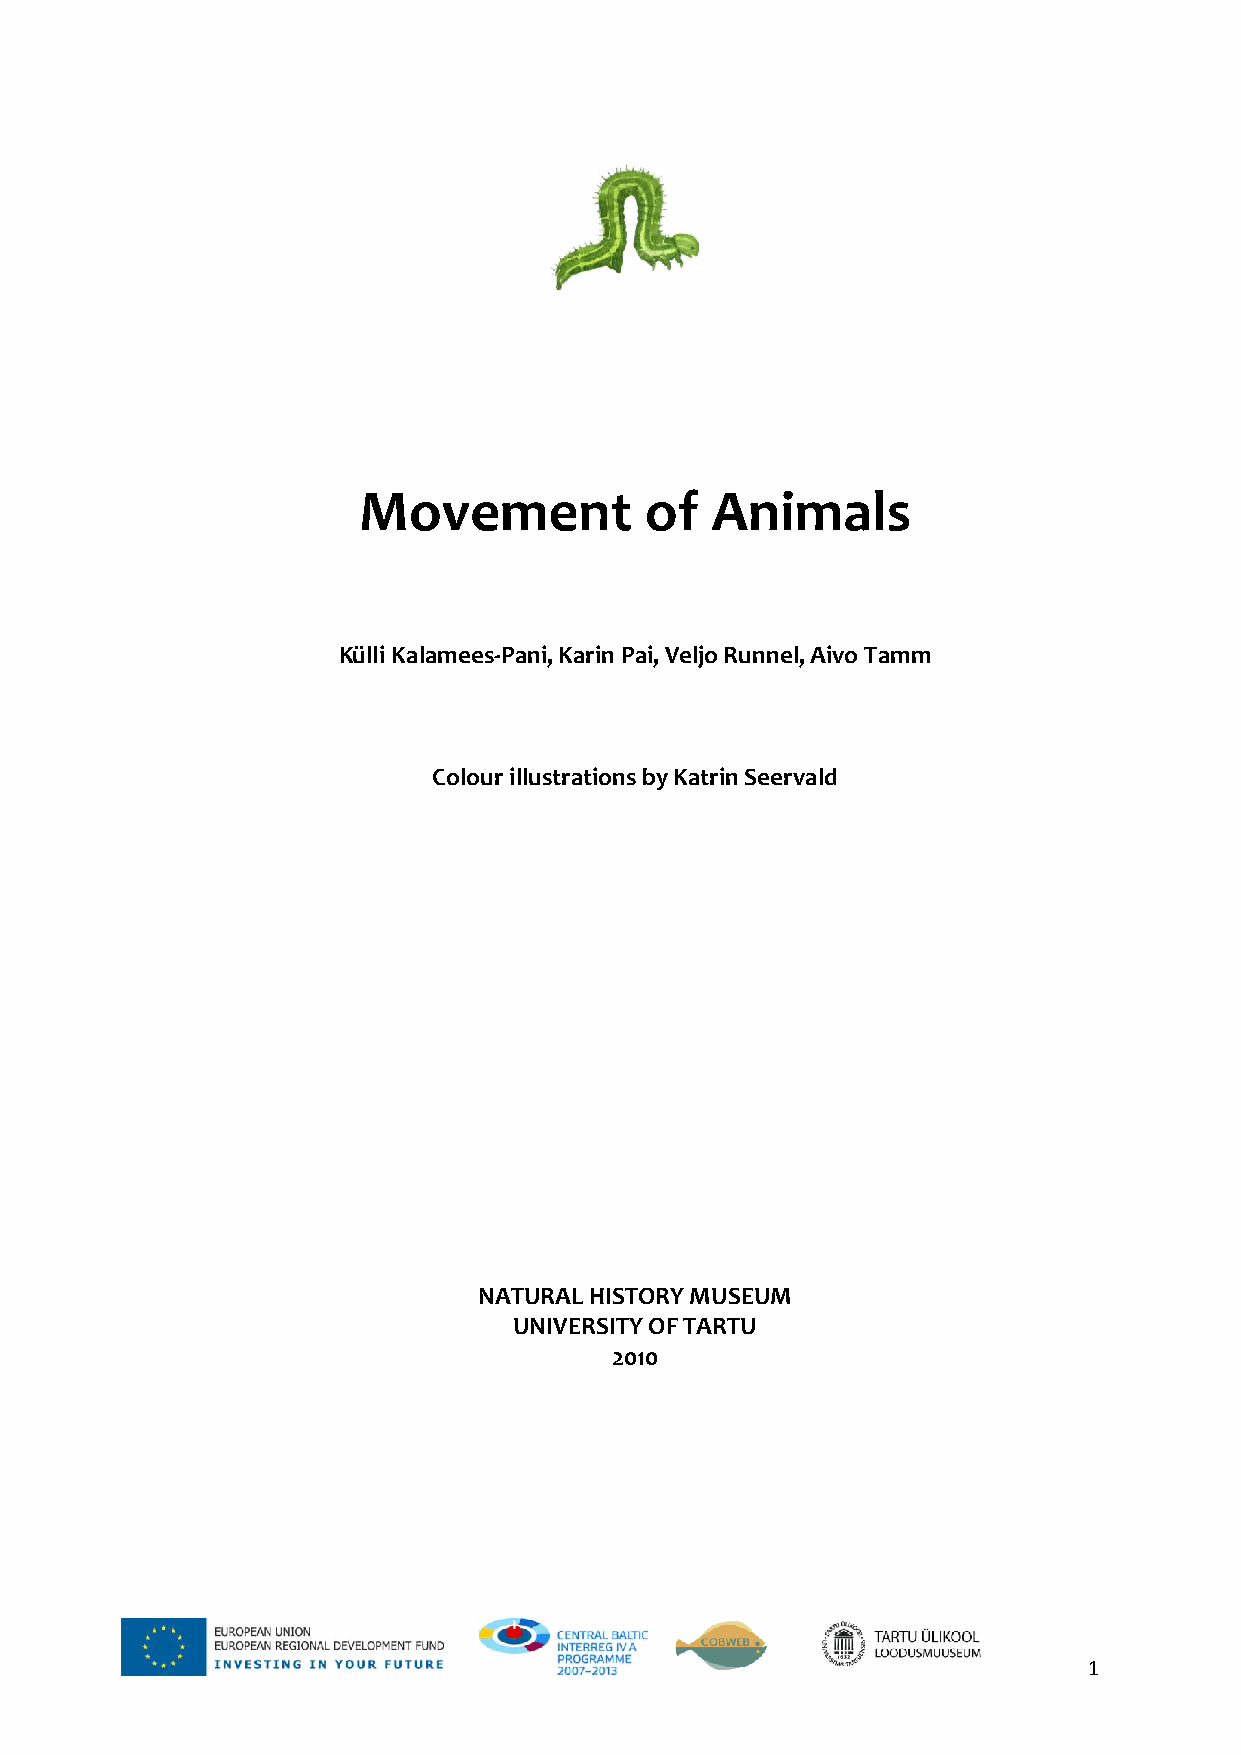
Movement           of  Animals
 Külli Kalamees-Pani, Karin Pai, Veljo Runnel, Aivo Tamm
 Colour illustrations by Katrin Seervald
 NATURAL HISTORY MUSEUM
 UNIVERSITY OF TARTU
 2010
 1